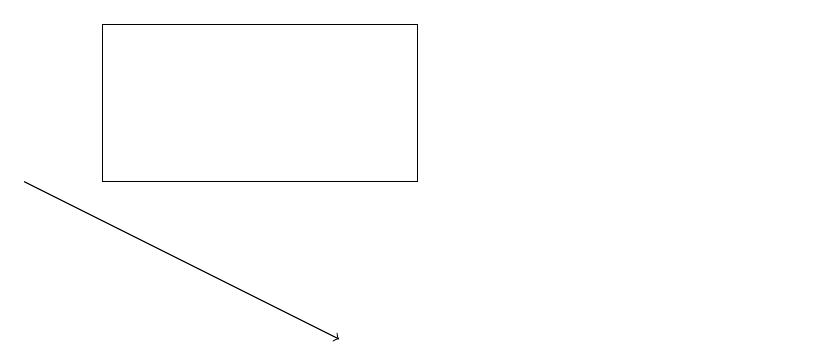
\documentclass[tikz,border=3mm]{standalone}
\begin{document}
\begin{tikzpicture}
\draw (11,11) circle (0);
\draw (6,13) rectangle (2,15);
\draw[->] (1,13) -- (5,11);
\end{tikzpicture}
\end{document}